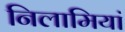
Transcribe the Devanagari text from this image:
निलामियां